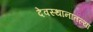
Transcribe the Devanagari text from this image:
देवस्थानातल्या